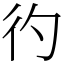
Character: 彴